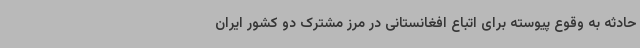
حادثه به وقوع پیوسته برای اتباع افغانستانی در مرز مشترک دو کشور ایران